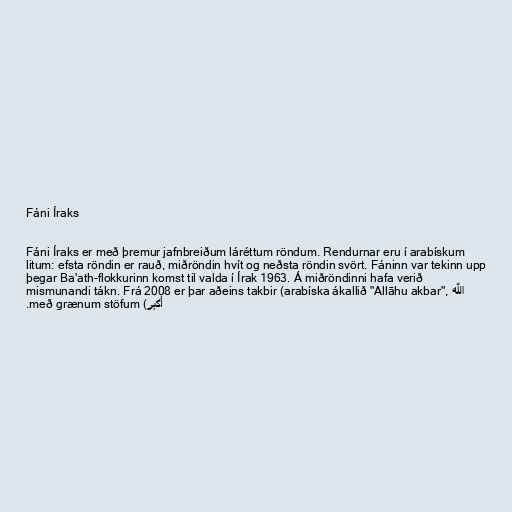
Fáni Íraks

Fáni Íraks er með þremur jafnbreiðum láréttum röndum. Rendurnar eru í arabískum
litum: efsta röndin er rauð, miðröndin hvít og neðsta röndin svört. Fáninn var tekinn upp
þegar Ba'ath-flokkurinn komst til valda í Írak 1963. Á miðröndinni hafa verið
mismunandi tákn. Frá 2008 er þar aðeins takbir (arabíska ákallið "Allāhu akbar", الله
أكبر) með grænum stöfum.